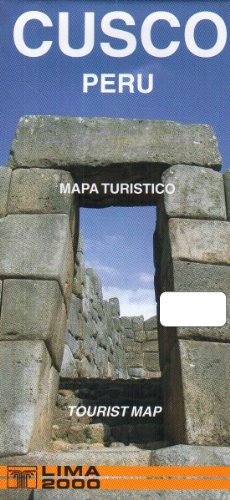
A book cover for Cusco, Peru Tourist Map; Lima 2000; Travel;